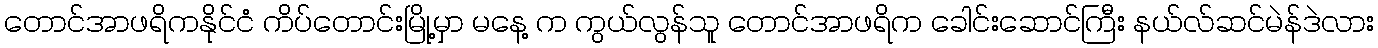
တောင်အာဖရိကနိုင်ငံ ကိပ်တောင်းမြို့မှာ မနေ့ က ကွယ်လွန်သူ တောင်အာဖရိက ခေါင်းဆောင်ကြီး နယ်လ်ဆင်မဲန်ဒဲလား